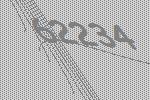
62234